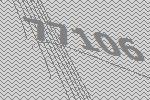
77106